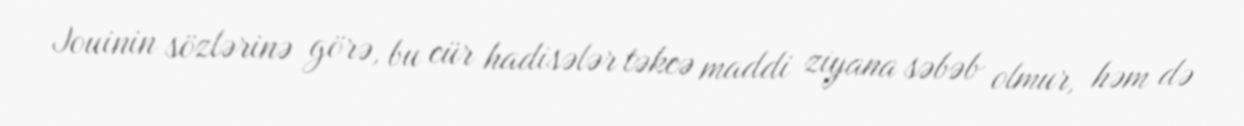
Jouinin sözlərinə görə, bu cür hadisələr təkcə maddi ziyana səbəb olmur, həm də